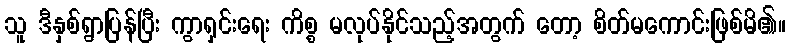
သူ ဒီနှစ်ရွာပြန်ပြီး ကွာရှင်းရေး ကိစ္စ မလုပ်နိုင်သည့်အတွက် တော့ စိတ်မကောင်းဖြစ်မိ၏။